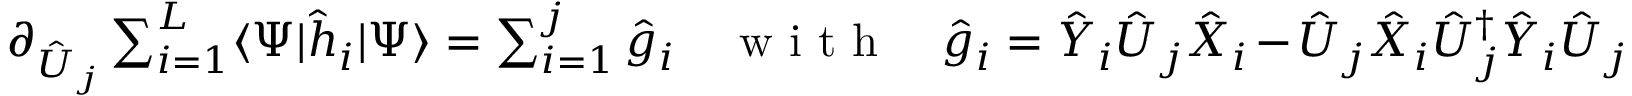
\textstyle \partial _ { \hat { U } _ { j } } \sum _ { i = 1 } ^ { L } \langle \Psi | \hat { h } _ { i } | \Psi \rangle \stackrel { } { = } \sum _ { i = 1 } ^ { j } \hat { g } _ { i } \quad \mathrm { ~ w ~ i ~ t ~ h ~ } \quad \hat { g } _ { i } \stackrel { } { = } \hat { Y } _ { i } \hat { U } _ { j } \hat { X } _ { i } - \hat { U } _ { j } \hat { X } _ { i } \hat { U } _ { j } ^ { \dag } \hat { Y } _ { i } \hat { U } _ { j }